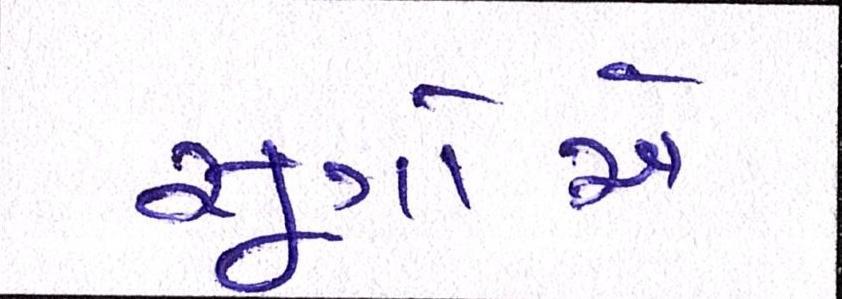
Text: સૂત્રોએ